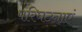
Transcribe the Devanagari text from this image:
परिघटनाएं